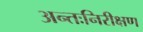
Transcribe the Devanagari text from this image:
अन्तःनिरीक्षण